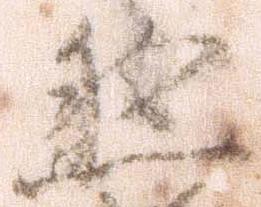
然